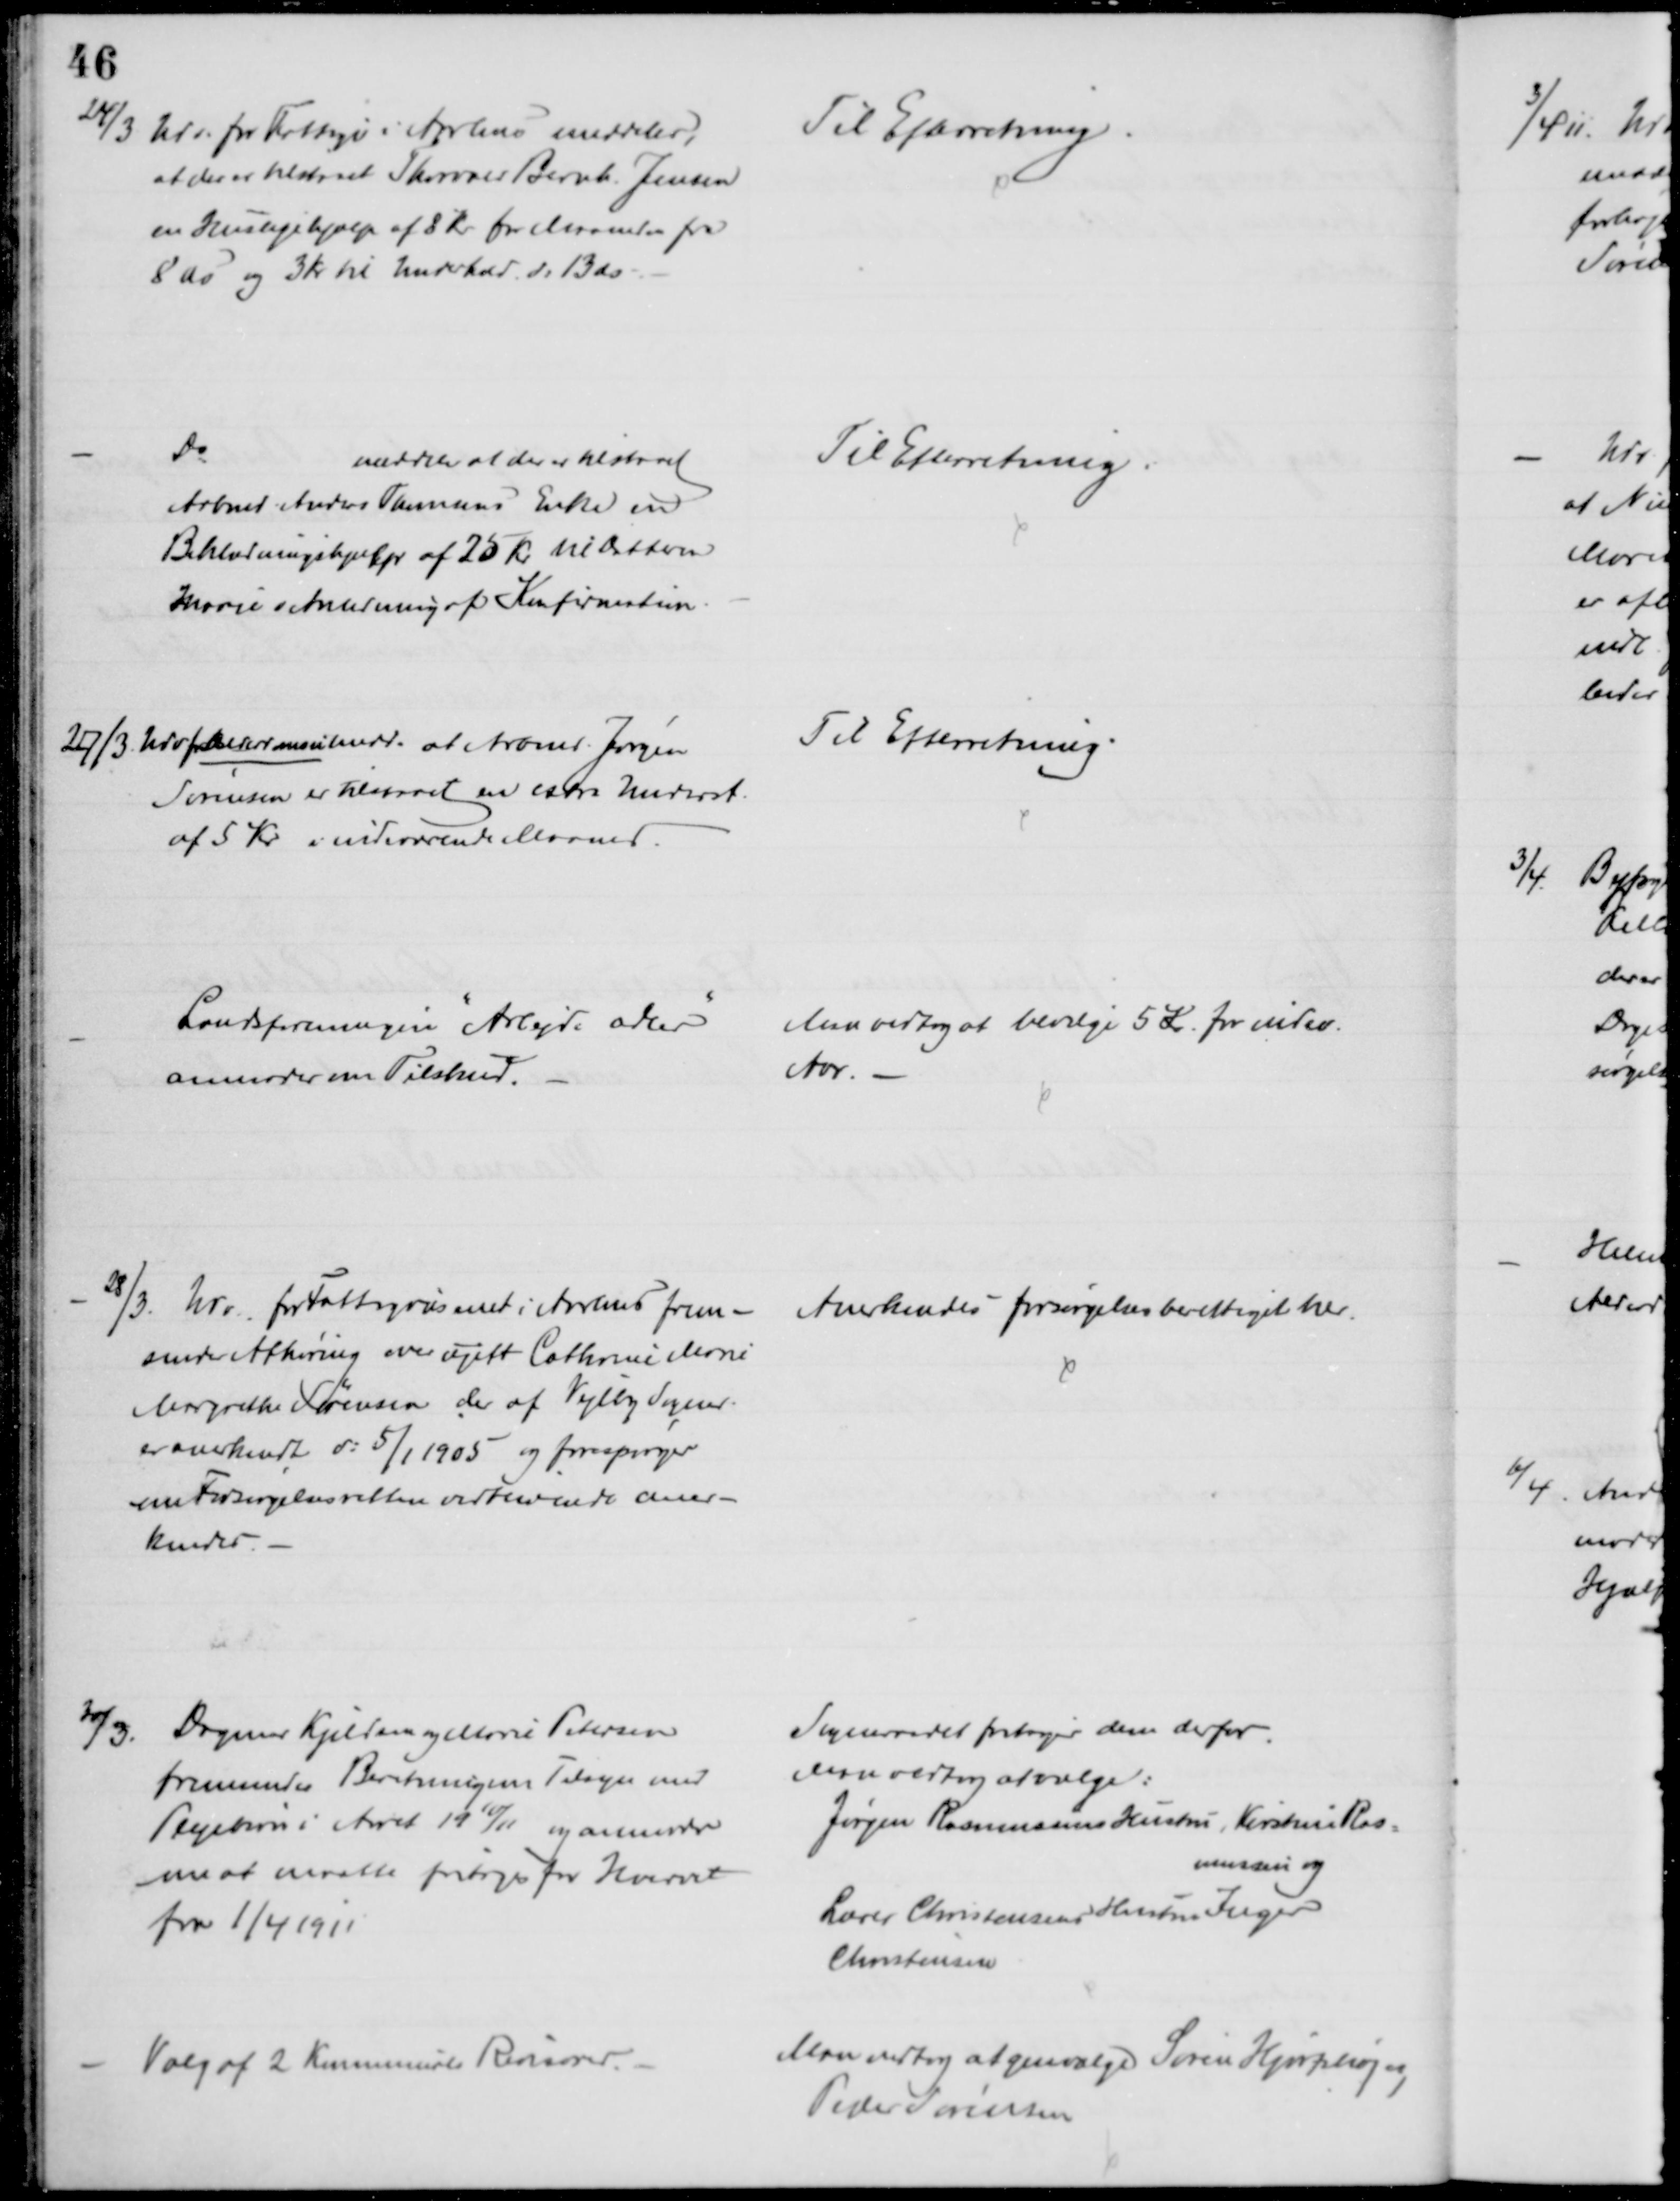
Transskription:
24/3
Udv. for Fattigv i Aarhus meddeler,
at der er tilstaaet Thorvald Bernh. Jensen
en Huslejehjælp af 8 Kr for Maaneden fra
8 ds og 3 Kr til Underhold d. 13 ds.
Til Efterretning
Do.
meddeler at der er tilstaaet
Arbmd Anders Thomsens Enke en
Beklædningshjælp af 25 Kr til Datteren
Marie i Anledning af Konfirmation
Til Efterretning
27/3. Udv f Alderdomsundst. medd. at Arbmd. Jørgen
Sørensen er tilstaaet en extra Underst.
af 5 Kr. i indeværende Maaned.
Til Efterretning.
Landsforeningen "Arbejde adler"
anmoder om Tilskud.
Man vedtog at bevilge 5 Kr. for indev.
Aar.
28/3 Udv. for Fattigvæsenet i Aarhus frem-
sender Afhøring over ugift Cathrine Marie
Margrethe Sørensen der af Vejlby Sogner
er anerkendt d: 5/1 1905 og forespørger
om Forsørgelsesretten vedvarende aner-
kendes
Anerkendes forsørgelsesberettiget her.
30/3.
Dagmar Kjeldsen og Marie Petersen
fremsender Beretning om Tilsyn med
Plejebørn i Aaret 1910/11 og anmoder
om at maatte fritages for Hvervet
fra 1/4 1911
Sogneraadet fritager dem derfor.
Man vedtog at vælge:
Jørgen Rasmussens Hustru, Kirstine Ras=
mussen og
Lærer Christensens Hustru Inger
Christensen
Valg af 2 kommunale Revisorer.
Man vedtog at genvælge Søren Hjorthøj og
Peder Sørensen